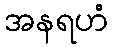
အနရဟံ